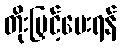
တိုးမြှင့်ပေးရန်